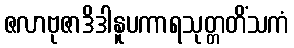
ဇလာဗုဇာဒိဒါနူပကာရသုတ္တတိံသကံ